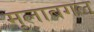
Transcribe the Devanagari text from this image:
मुलाबगल